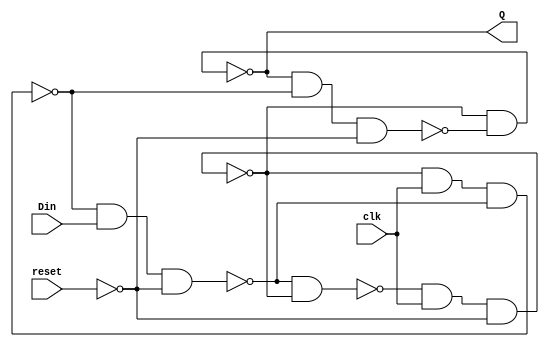
module D_FF(Q, Din, reset, clk);
	input Din, reset, clk;
	output Q;

	wire d1,d2,d3,d4, Qn;

	nand(d1, d4, d2),
	    (d2, d1, clk, ~reset),
	    (d3, d2, clk, d4),
	    (d4, d3, Din, ~reset),
	    (Q, d2, Qn),
	    (Qn, Q, d3, ~reset);
	
endmodule